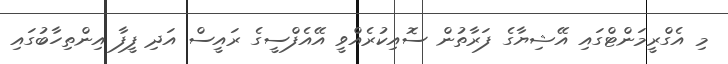
މި އެގްރީމަންޓްގައި އޭޝިޔާގެ ފަރާތުން ސޮއިކުރެއްވީ އޭއެފްސީގެ ރައީސް އަދި ފީފާ އިންތިހާބުގައި